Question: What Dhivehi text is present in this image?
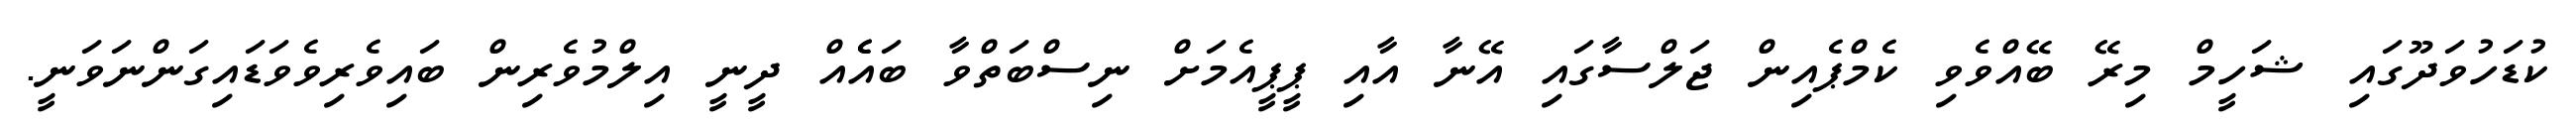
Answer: ކުޑަހުވަދޫގައި ޝަހީމް މިރޭ ބޭއްވެވި ކެމްޕެއިން ޖަލްސާގައި އޭނާ އާއި ޕީޕީއެމަށް ނިސްބަތްވާ ބައެެއް ދީނީ އިލްމުވެރިން ބައިވެރިވެވަޑައިގަންނަވަނީ.